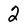
Character: 2